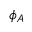
\phi _ { A }